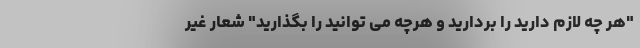
"هر چه لازم دارید را بردارید و هرچه می توانید را بگذارید" شعار غیر